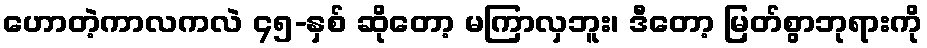
ဟောတဲ့ကာလကလဲ ၄၅-နှစ် ဆိုတော့ မကြာလှဘူး၊ ဒီတော့ မြတ်စွာဘုရားကို